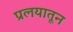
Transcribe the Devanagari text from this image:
प्रलयातून